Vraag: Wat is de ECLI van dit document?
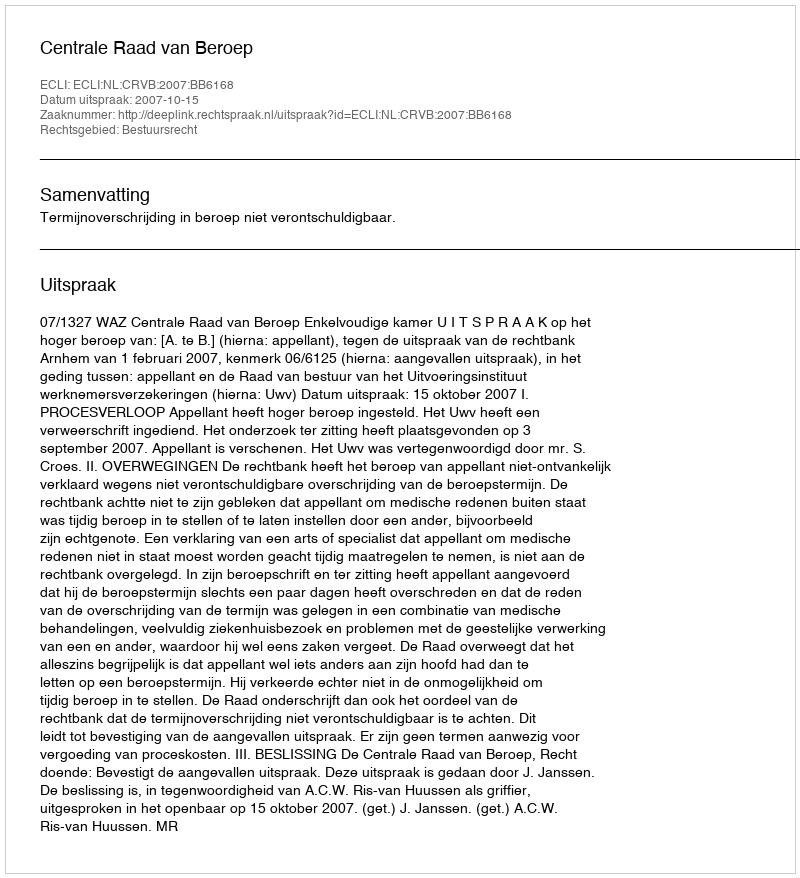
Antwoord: ECLI:NL:CRVB:2007:BB6168